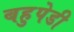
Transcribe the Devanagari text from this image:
बहुपेडी